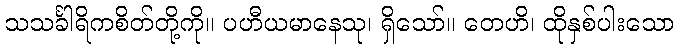
သသင်္ခါရိကစိတ်တို့ကို။ ပဟီယမာနေသု၊ ရှိသော်။ တေဟိ၊ ထိုနှစ်ပါးသော